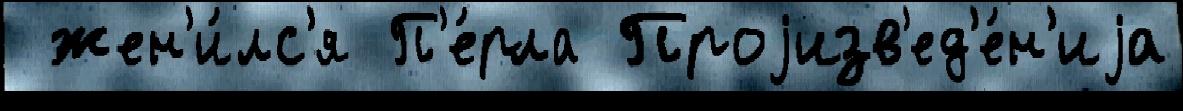
 жен'и́лс'я П'е́рла Проjизв'ед'е́н'иjа